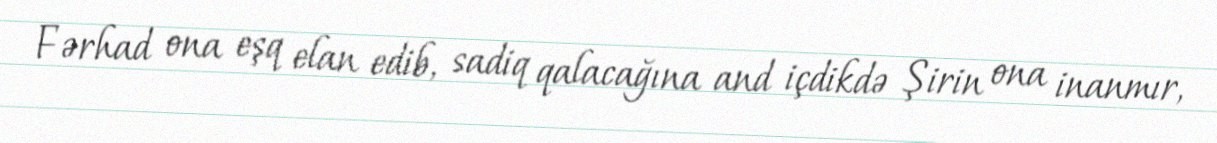
Fərhad ona eşq elan edib, sadiq qalacağına and içdikdə Şirin ona inanmır,